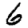
Digit: 6